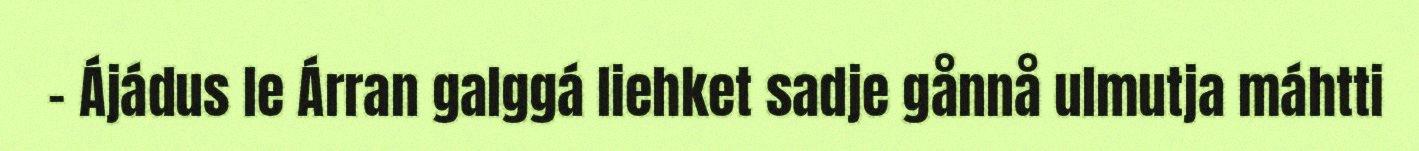
- Ájádus le Árran galggá liehket sadje gånnå ulmutja máhtti